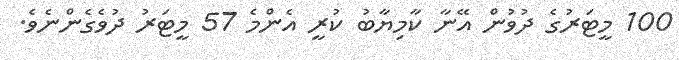
100 މީޓަރުގެ ދުވުން އޭނާ ކާމިޔާބު ކުރީ އެންމެ 57 މީޓަރު ދުވެގެންނެވެ.